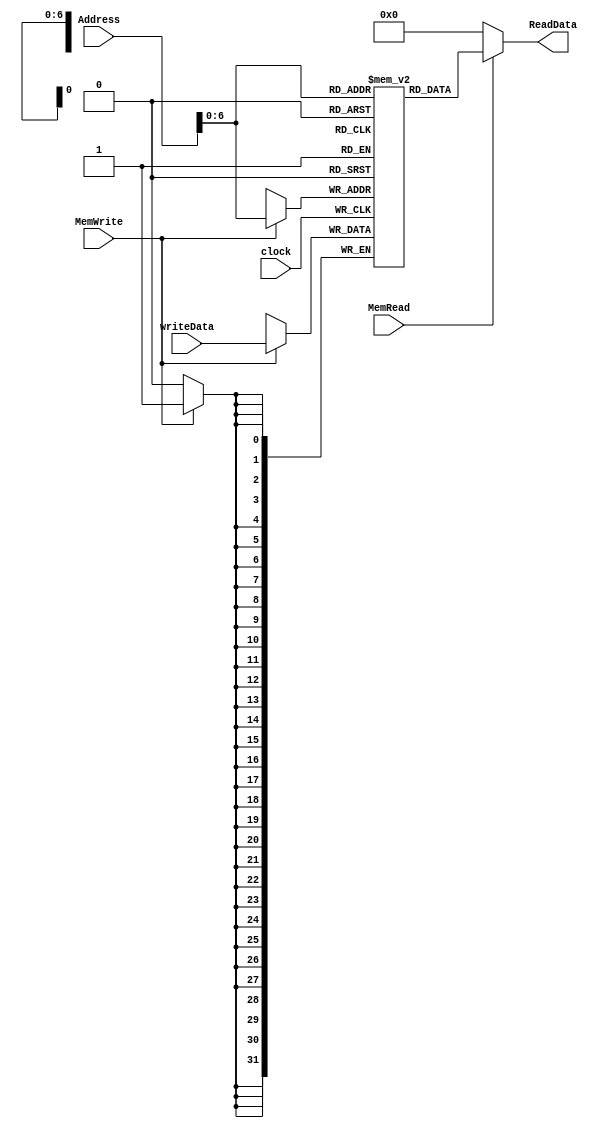
`timescale 1ns / 1ns
/** @module : Memory Module
 *  @author : Albert Bitdiddle
 *  Simple Memory Design Template
 *  Adaptive and Secure Computing Systems (ASCS) Laboratory
 */
 
module Memory (
		clock,
    	Address,
   		MemRead, ReadData,
    	MemWrite,writeData
); 

input clock; 
input [7:0]   Address;
input MemRead; //1bit enable
output[31:0]  ReadData;//output data for read.
input MemWrite;//1bit enable
input [31:0]   writeData;//input data for write.
 
localparam MEM_DEPTH = 1 << 7;//ignore.
reg [31:0]     ram [0:MEM_DEPTH-1]; // an array of ram.
 
//--------------Add your code here ------------------ 
assign ReadData= MemRead? ram[Address] : 0;
always @(posedge clock)begin
	if (MemWrite) begin
		ram[Address] <= writeData;
		end
end


//----------------------------------------------------
endmodule